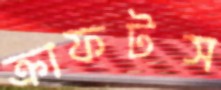
ক্রাফটস